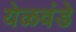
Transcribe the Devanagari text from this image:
येळवंडे